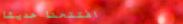
افتتحنا حديثاً